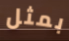
بمثل